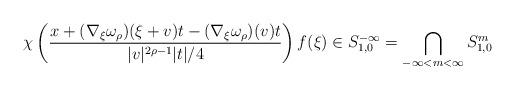
LaTeX: \begin{align*}\chi\left(\frac{x+(\nabla_\xi\omega_\rho)(\xi+v)t-(\nabla_\xi\omega_\rho)(v)t}{|v|^{2\rho-1}|t|/4}\right)f(\xi)\in S_{1,0}^{-\infty}=\bigcap_{-\infty<m<\infty}S_{1,0}^m\end{align*}